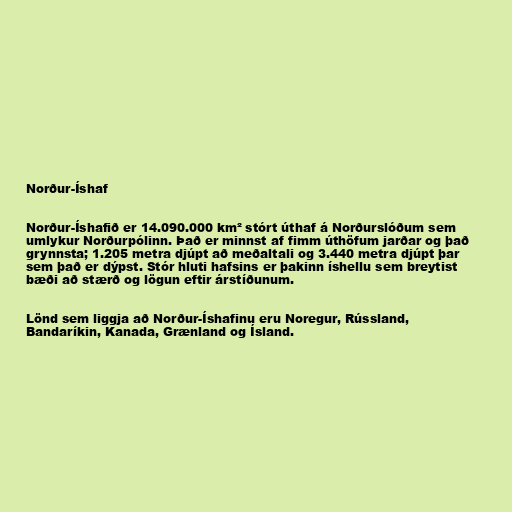
Norður-Íshaf

Norður-Íshafið er 14.090.000 km² stórt úthaf á Norðurslóðum sem
umlykur Norðurpólinn. Það er minnst af fimm úthöfum jarðar og það
grynnsta; 1.205 metra djúpt að meðaltali og 3.440 metra djúpt þar
sem það er dýpst. Stór hluti hafsins er þakinn íshellu sem breytist
bæði að stærð og lögun eftir árstíðunum.

Lönd sem liggja að Norður-Íshafinu eru Noregur, Rússland,
Bandaríkin, Kanada, Grænland og Ísland.